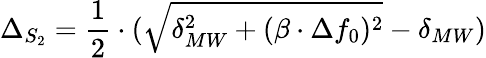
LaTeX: \Delta_{S_{2}}=\frac{1}{2}\cdot(\sqrt{\delta_{MW}^{2}+(\beta\cdot\Delta f_{0})^{2}}-\delta_{MW})